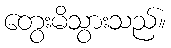
တွေးမိသွားသည်။